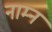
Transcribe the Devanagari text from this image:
नाम्न